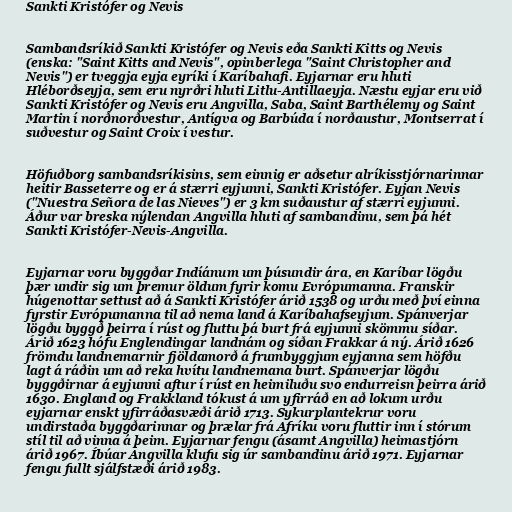
Sankti Kristófer og Nevis

Sambandsríkið Sankti Kristófer og Nevis eða Sankti Kitts og Nevis
(enska: "Saint Kitts and Nevis", opinberlega "Saint Christopher and
Nevis") er tveggja eyja eyríki í Karíbahafi. Eyjarnar eru hluti
Hléborðseyja, sem eru nyrðri hluti Litlu-Antillaeyja. Næstu eyjar eru við
Sankti Kristófer og Nevis eru Angvilla, Saba, Saint Barthélemy og Saint
Martin í norðnorðvestur, Antígva og Barbúda í norðaustur, Montserrat í
suðvestur og Saint Croix í vestur.

Höfuðborg sambandsríkisins, sem einnig er aðsetur alríkisstjórnarinnar
heitir Basseterre og er á stærri eyjunni, Sankti Kristófer. Eyjan Nevis
("Nuestra Señora de las Nieves") er 3 km suðaustur af stærri eyjunni.
Áður var breska nýlendan Angvilla hluti af sambandinu, sem þá hét
Sankti Kristófer-Nevis-Angvilla.

Eyjarnar voru byggðar Indíánum um þúsundir ára, en Karíbar lögðu
þær undir sig um þremur öldum fyrir komu Evrópumanna. Franskir
húgenottar settust að á Sankti Kristófer árið 1538 og urðu með því einna
fyrstir Evrópumanna til að nema land á Karíbahafseyjum. Spánverjar
lögðu byggð þeirra í rúst og fluttu þá burt frá eyjunni skömmu síðar.
Árið 1623 hófu Englendingar landnám og síðan Frakkar á ný. Árið 1626
frömdu landnemarnir fjöldamorð á frumbyggjum eyjanna sem höfðu
lagt á ráðin um að reka hvítu landnemana burt. Spánverjar lögðu
byggðirnar á eyjunni aftur í rúst en heimiluðu svo endurreisn þeirra árið
1630. England og Frakkland tókust á um yfirráð en að lokum urðu
eyjarnar enskt yfirráðasvæði árið 1713. Sykurplantekrur voru
undirstaða byggðarinnar og þrælar frá Afríku voru fluttir inn í stórum
stíl til að vinna á þeim. Eyjarnar fengu (ásamt Angvilla) heimastjórn
árið 1967. Íbúar Angvilla klufu sig úr sambandinu árið 1971. Eyjarnar
fengu fullt sjálfstæði árið 1983.